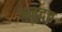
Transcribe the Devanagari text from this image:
अनुदत्त